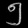
Digit: ၅